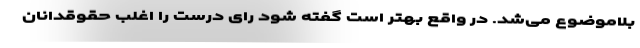
بلاموضوع می‌شد. در واقع بهتر است گفته شود رای درست را اغلب حقوقدانان